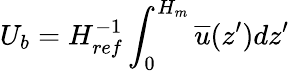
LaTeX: U_{b}=H_{ref}^{-1}\int_{0}^{H_{m}}\overline{{u}}(z^{\prime})dz^{\prime}